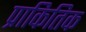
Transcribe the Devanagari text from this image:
प्राकितिक